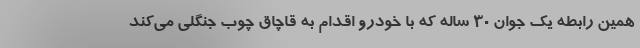
همین رابطه یک جوان ۳۰ ساله که با خودرو اقدام به قاچاق چوب جنگلی می‌کند